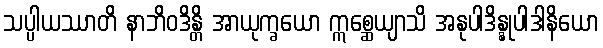
သပ္ပါယဿာတိ နာဘိဝဒိန္တိ အာယုက္ခယော ဣစ္ဆေယျာသိ အနုပါဒိန္နုပါဒါနိယော